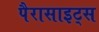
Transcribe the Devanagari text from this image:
पैरासाइट्स